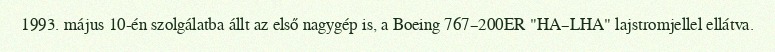
1993. május 10-én szolgálatba állt az első nagygép is, a Boeing 767–200ER "HA–LHA" lajstromjellel ellátva.